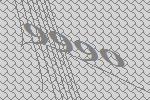
9990